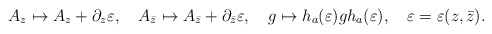
\begin{align*}A_z \mapsto A_z +\partial_z \varepsilon ,~~~A_{\bar z} \mapsto A_{\bar z}+\partial_{\bar z}\varepsilon,~~~g \mapsto h_{a}(\varepsilon )g h_{a}(\varepsilon ),~~~\varepsilon = \varepsilon (z,\bar z).\end{align*}